NAE_ERA_R-2324_Eesti_Vabariigi_Pohiseaduslik_Assamblee, lk 141
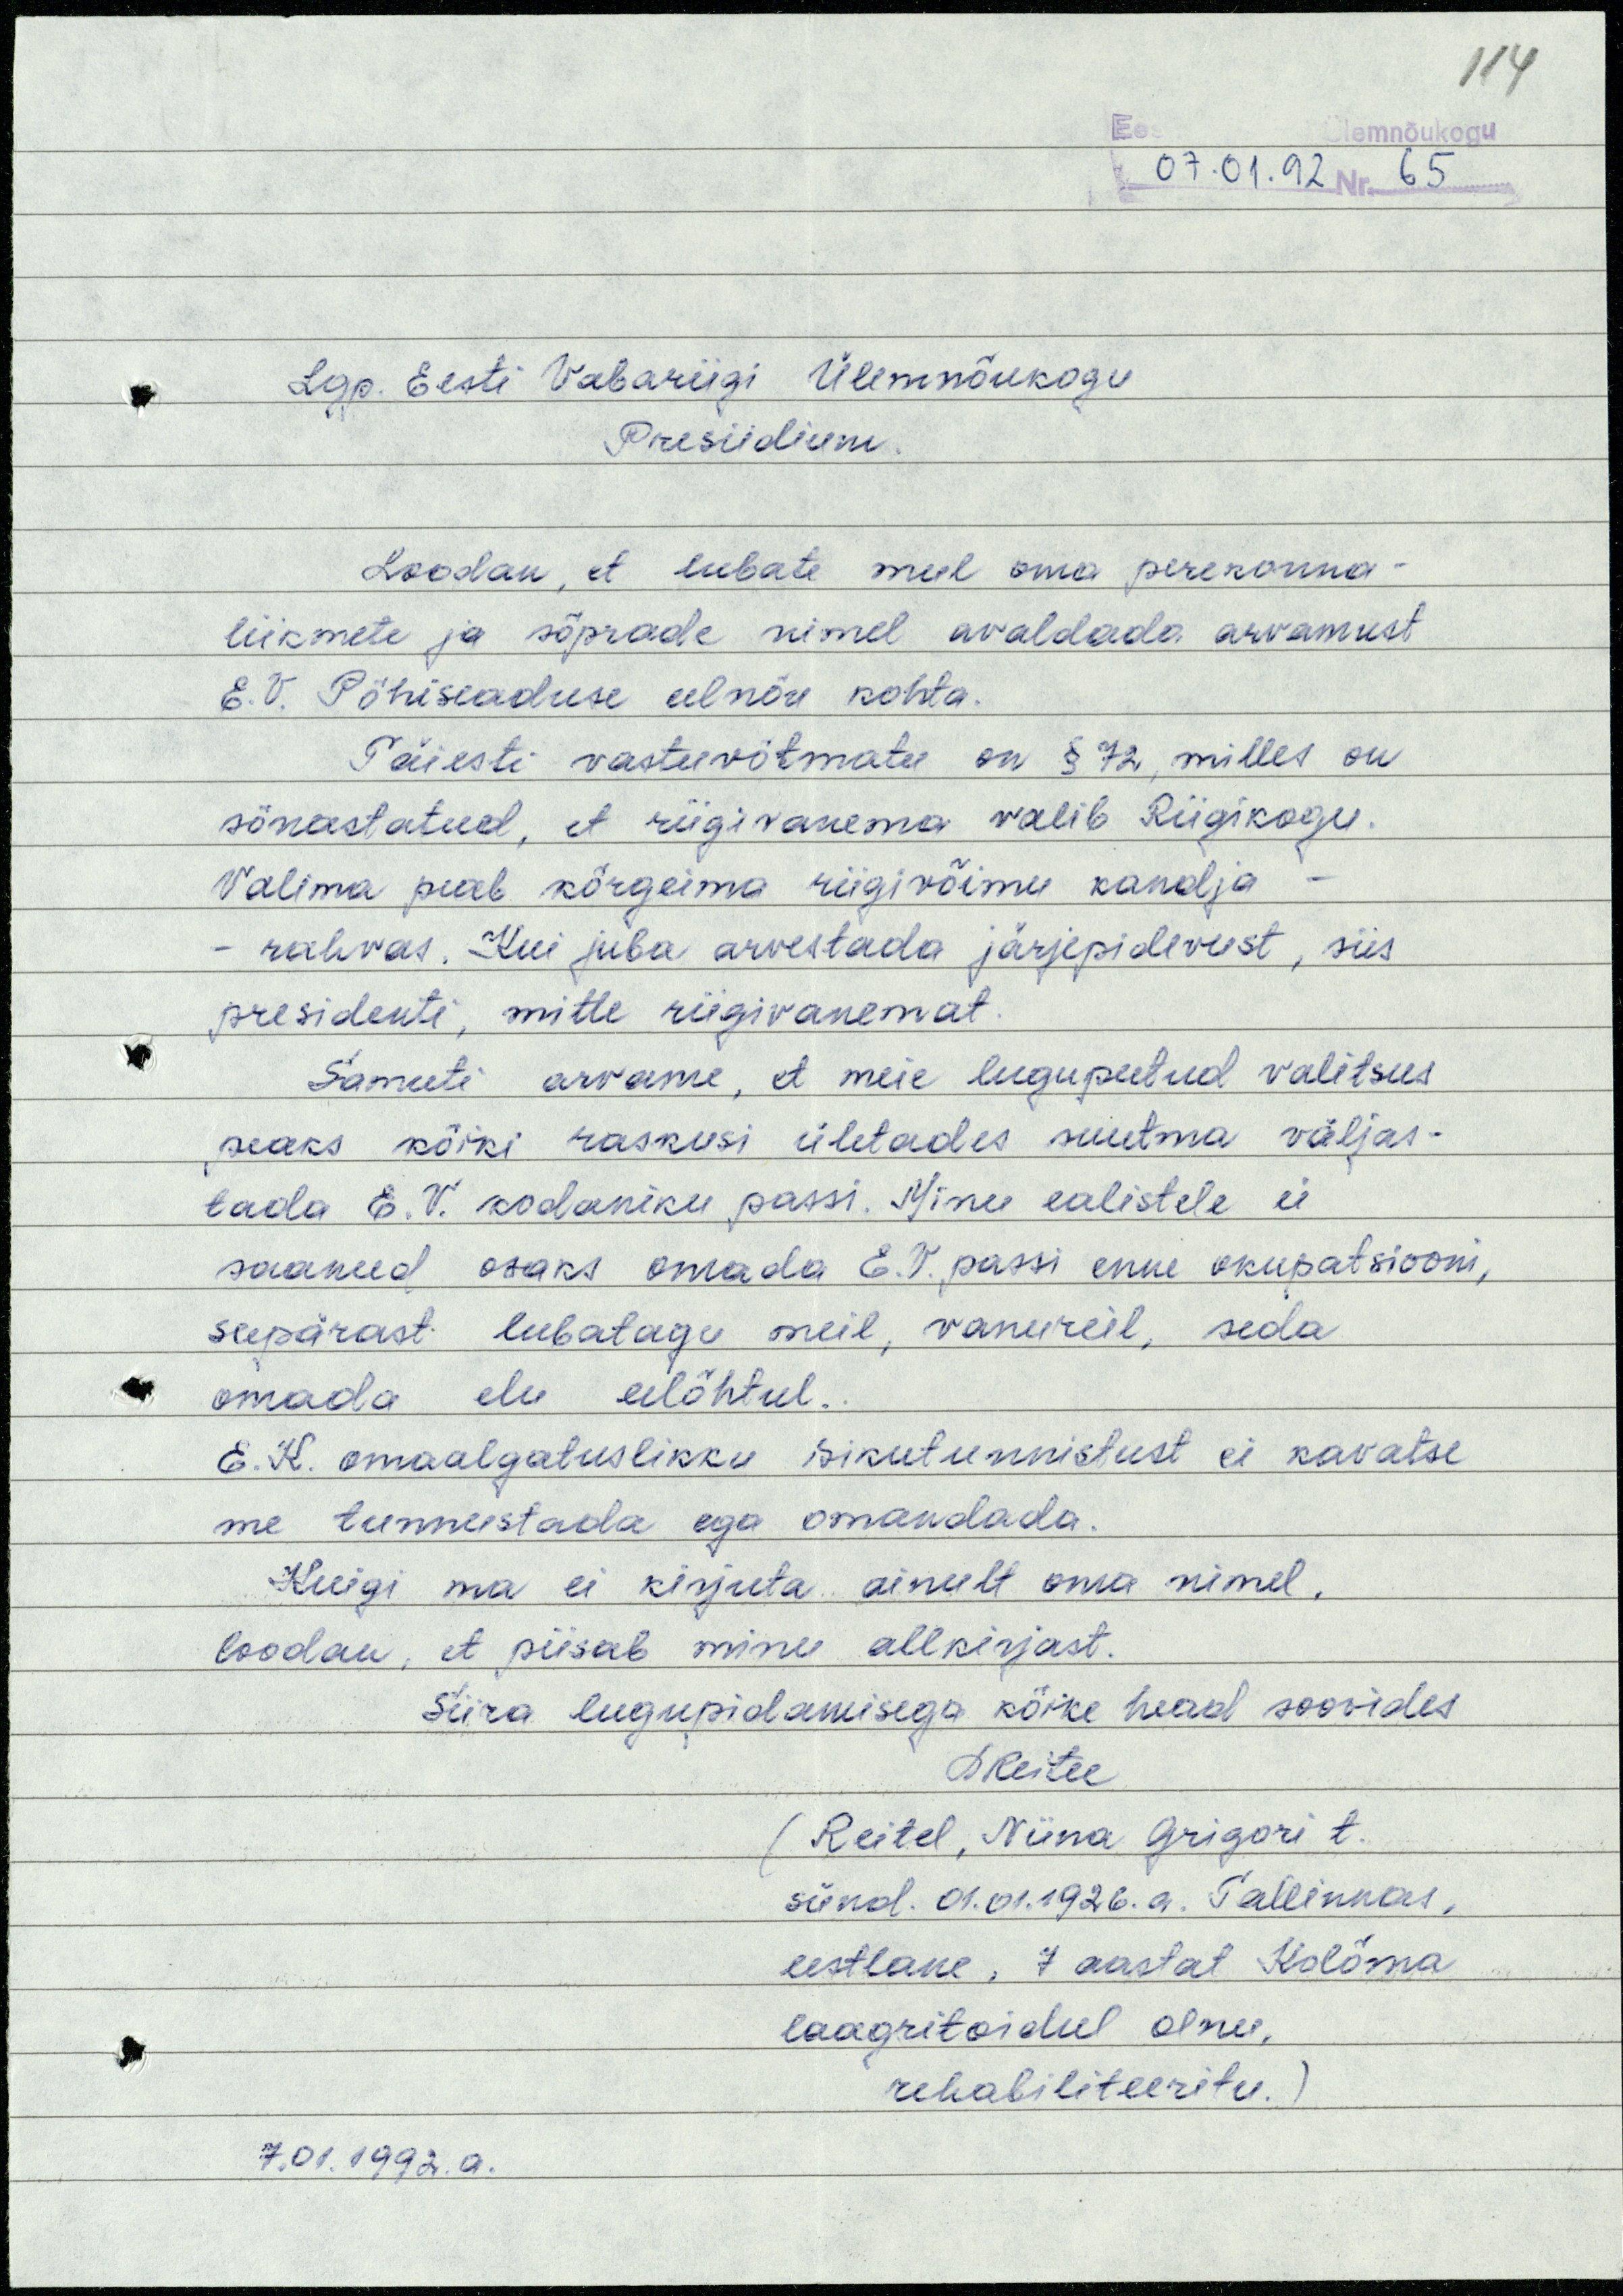
114

07.01.92 Nr. 65
Lgp. Eesti Vabariigi Ülemnõukogu
Presiidium.
Loodan, et lubate mul oma perekonna-
liikmete ja sõprade nimel avaldada arvamust
E.V. Põhiseaduse eelnõu kohta.
Täiesti vastuvõtmatu on § 72, milles on
sõnastatud, et riigivanema valib Riigikogu.
Valima peab kõrgeima riigivõimu kandja -
rahvas. Kui juba arvestada järjepidevust, siis
presidenti, mitte riigivanemat.
Samuti arvame, et meie lugupeetud valitsus
peaks kõiki raskusi ületades suutma väljas-
tada E.V. kodaniku passi. Minu ealistele ei
saanud osaks omada E.V. passi enne okupatsiooni,
seepärast lubatagu meil, vanureil, seda
omada elu eelõhtul.
E.K. omaalgatuslikku isikutunnistust ei kavatse
me tunnustada ega omandada.
Kuigi ma ei kirjuta ainult oma nimel,
loodan, et piisab minu allkirjast.
Siira lugupidamisega kõike head soovides
NReitel
(Reitel, Niina Grigori t.
sünd. 01.01.1926.a. Tallinnas,
eestlane, 7 aastat Kolõma
laagritoidul olnu,
rehabiliteeritu.)
7.01.1992.a.